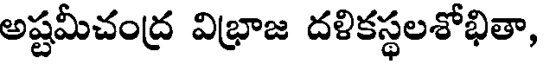
అష్టమీచంద్ర విభ్రాజ దళికస్థలశోభితా,